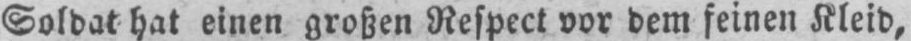
Soldat hat einen großen Respect vor dem feinen Kleid,